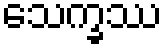
သေက္ခဿ